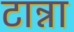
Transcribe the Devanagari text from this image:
टान्ना